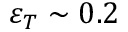
\varepsilon _ { T } \sim 0 . 2